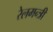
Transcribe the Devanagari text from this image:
रेलमन्त्री